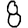
Digit: 8